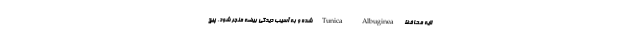
لایه محافظ Tunica Albuginea شده و به آسیب دیدگی بیضه منجر شود. پیچ